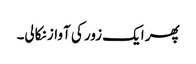
پھر ایک زور کی آواز نکالی۔